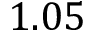
1 . 0 5